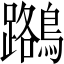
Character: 𪆽